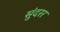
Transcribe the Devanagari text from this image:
सुंदरर